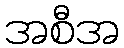
အစီအ